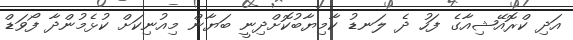
އަދި ކްރޮއޭޝިއާގެ ފަހު ދެ ލަނޑު ކާމިޔާބުކޮށްދިނީ ބަޔާން މިއުނިކަށް ކުޅެމުންދާ ފޯވަޑް